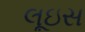
લૂઇસ